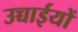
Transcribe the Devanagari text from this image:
उच्चाईयों